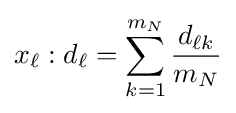
x_{\ell }:d_{\ell }=\sum _{k=1}^{m_{N}}{\frac {d_{\ell k}}{m_{N}}}